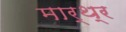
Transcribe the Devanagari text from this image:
मार्थ्र